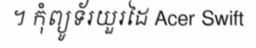
។ កុំព្យូទ័រយួរដៃ Acer Swift